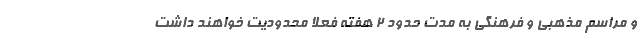
و مراسم مذهبی و فرهنگی به مدت حدود ۲ هفته فعلا محدودیت خواهند داشت